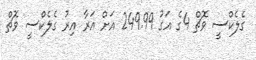
ގެލެކްސީ ވޮޗް 4ގެ އަގު 249.99 އަށް އަރާ އިރު ގެލެކްސީ ވޮޗް